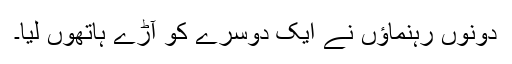
دونوں رہنماؤں نے ایک دوسرے کو آڑے ہاتھوں لیا۔